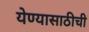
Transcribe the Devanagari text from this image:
येण्यासाठीची